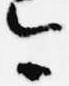
今